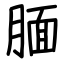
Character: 腼